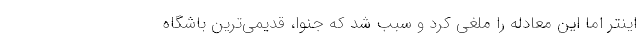
اینتر اما این معادله را ملغی کرد و سبب شد که جنوا، قدیمی‌ترین باشگاه